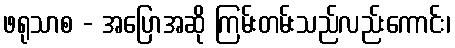
ဖရုသာစ - အပြောအဆို ကြမ်းတမ်းသည်လည်းကောင်း၊